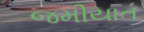
જમીયાત